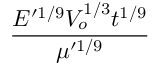
\frac { E ^ { \prime 1 / 9 } V _ { o } ^ { 1 / 3 } t ^ { 1 / 9 } } { \mu ^ { \prime 1 / 9 } }